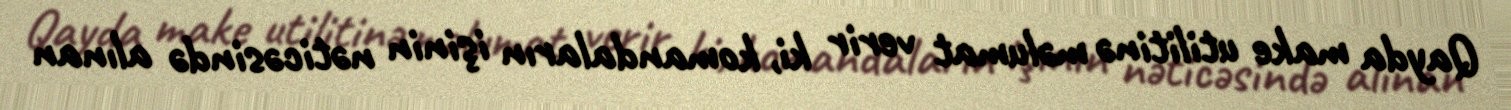
Qayda make utilitinə məlumat verir ki, komandaların işinin nəticəsində alınan